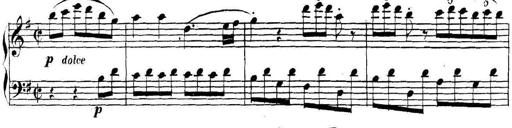
Title: Collected Piano Sonatas
Composer: Muzio Clementi